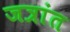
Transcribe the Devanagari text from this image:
जत्रांत